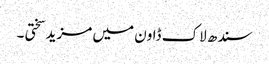
سندھ لاک ڈاون میں مزید سختی ۔